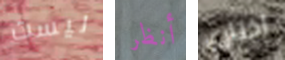
ليست أنظر اختاري